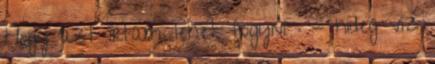
Hogy azt írtam lehet fogyni : - hideg víz